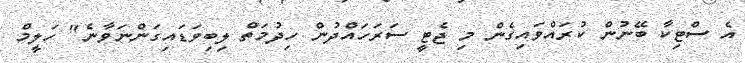
އެ ސްޓިކާ ބޭނުން ކުރައްވައިގެން މި ޖެޓީ ސަރަހައްދުން ހިދުމަތް ލިބިވަޑައިގަންނަވާނެ" ހަލީމް